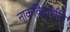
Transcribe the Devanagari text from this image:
नाकविदर्शिनि